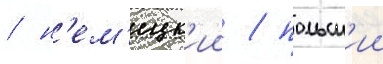
/ н'ем'ецк'ии / польск'ии